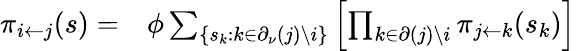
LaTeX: \begin{array}{rl}{\pi_{i\leftarrow j}(s)=}&{{}\phi\sum_{\{ s_{k}:k\in\partial_{\nu}(j)\backslash i\} }\left[\prod_{k\in\partial(j)\backslash i}\pi_{j\leftarrow k}(s_{k})\right]}\end{array}